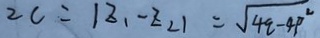
\sqrt { 2 } c = \vert z _ { 1 } , - z _ { 2 } \vert = \sqrt { 4 q - 4 p ^ { 2 } }